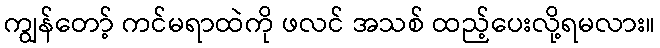
ကျွန်တော့် ကင်မရာထဲကို ဖလင် အသစ် ထည့်ပေးလို့ရမလား။